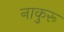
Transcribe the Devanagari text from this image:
नाकुरू